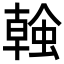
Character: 螒